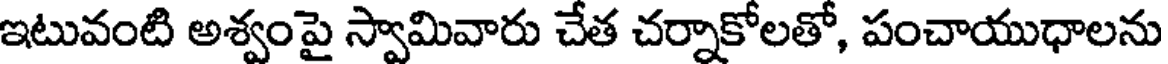
ఇటువంటి అశ్వంపై స్వామివారు చేత చర్నాకోలతో, పంచాయుధాలను